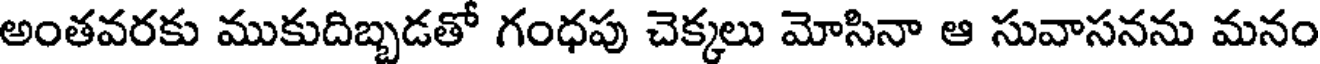
అంతవరకు ముకుదిబ్బడతో గంధపు చెక్కలు మోసినా ఆ సువాసనను మనం